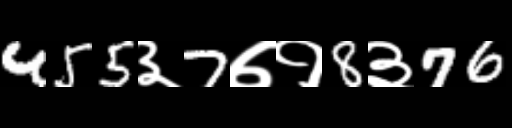
Text: 455३7७१8३76